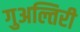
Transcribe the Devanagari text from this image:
गुअल्तिरी